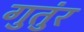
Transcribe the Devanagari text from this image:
गुतुंर